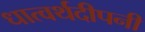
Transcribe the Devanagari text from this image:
धात्वर्थदीपनी